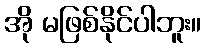
အို မဖြစ်နိုင်ပါဘူး။